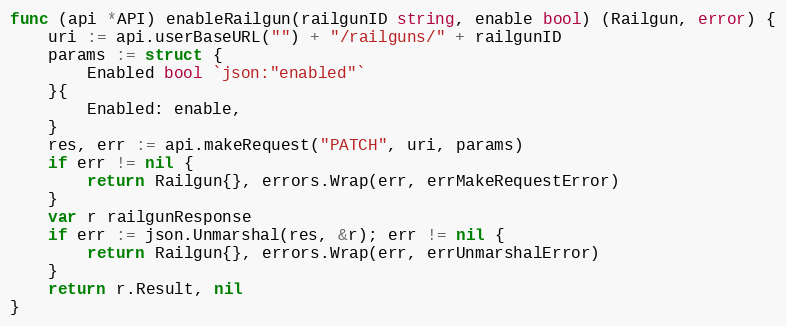
Language: Go
func (api *API) enableRailgun(railgunID string, enable bool) (Railgun, error) {
	uri := api.userBaseURL("") + "/railguns/" + railgunID
	params := struct {
		Enabled bool `json:"enabled"`
	}{
		Enabled: enable,
	}
	res, err := api.makeRequest("PATCH", uri, params)
	if err != nil {
		return Railgun{}, errors.Wrap(err, errMakeRequestError)
	}
	var r railgunResponse
	if err := json.Unmarshal(res, &r); err != nil {
		return Railgun{}, errors.Wrap(err, errUnmarshalError)
	}
	return r.Result, nil
}